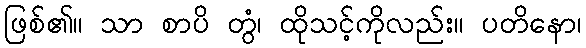
ဖြစ်၏။ သာ စာပိ တွံ၊ ထိုသင့်ကိုလည်း။ ပတိနော၊